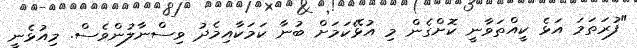
"ފުރަތަމަ އަޅެ ކީއްތަވާނީ ކޮށްގެން މި އުޅޭކަމަށް ބުނާ ކަމަކާއިމެދު ވިސްނާލުންވެސް. މިއުޅެނީ